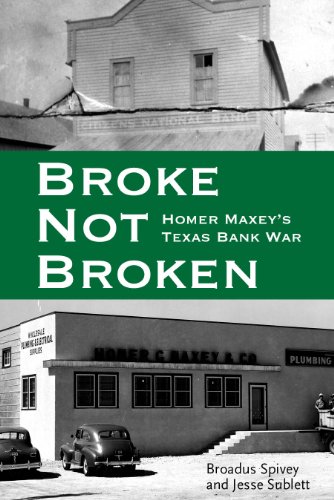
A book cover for Broke, Not Broken: Homer Maxey's Texas Bank War (American Liberty and Justice); Broadus Spivey; Law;